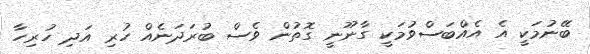
ބޭނުމަކީ އެ އެއްބަސްވުމަކީ ގާނޫނީ ގޮތުން ވެސް ބުރަދަނެއް ހުރި އަދި ހުރިހާ